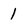
Character: 1